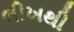
લીખથી